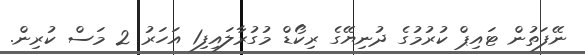
ނޭފަތުން ޓައިޕް ކުރުމުގެ ދުނިޔޭގެ ރިކޯޑް މުގުރާލައިފި1 އަހަރު 2 މަސް ކުރިން.